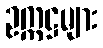
ဥက္ကဋ္ဌများ